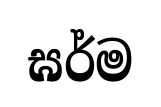
ඝර්ම